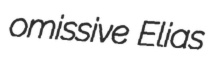
omissive Elias